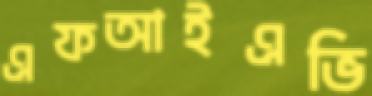
এফআইএভি